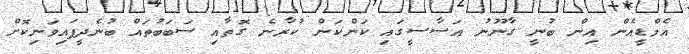
އެމްޑީއެން އިން ބުނީ ގާނޫނު އަސާސީގައި ކަންކަން ކުރާނެ ގޮތާއި ސަބަބުތައް ބުނެދީފައިވަނިކޮށް